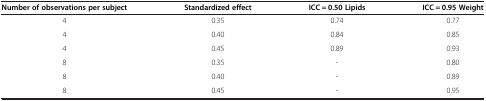
| Number of observations per subject | Standardized effect | ICC = 0.50 Lipids | ICC = 0.95 Weight |
 | --- | --- | --- | --- |
 | 4 | 0.35 | 0.74 | 0.77 |
 | 4 | 0.40 | 0.84 | 0.85 |
 | 4 | 0.45 | 0.89 | 0.93 |
 | 8 | 0.35 | - | 0.80 |
 | 8 | 0.40 | - | 0.89 |
 | 8 | 0.45 | - | 0.95 |